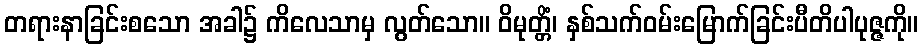
တရားနာခြင်းစသော အခါ၌ ကိလေသာမှ လွတ်သော။ ဝိမုတ္တိံ၊ နှစ်သက်ဝမ်းမြောက်ခြင်းပီတိပါပုဇ္ဇကို။